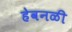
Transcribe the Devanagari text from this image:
हेवनळी